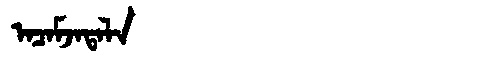
Manchu: ᠠᠴᠠᠮᠵᠠᡨᠠᠯᠠ
Romanization: ACAMJATALA